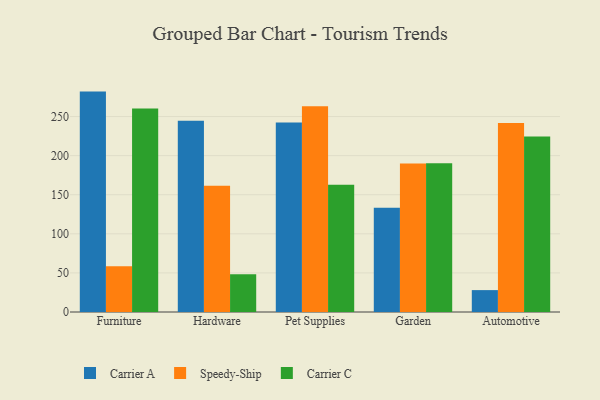
{"axis": {"x": "Category", "y": "Demand Index"}, "legend": ["Carrier A", "Carrier C", "Speedy-Ship"], "data": [{"x": "Furniture", "y": 281.9, "type": "Carrier A"}, {"x": "Furniture", "y": 58.6, "type": "Speedy-Ship"}, {"x": "Furniture", "y": 260.2, "type": "Carrier C"}, {"x": "Hardware", "y": 244.7, "type": "Carrier A"}, {"x": "Hardware", "y": 161.5, "type": "Speedy-Ship"}, {"x": "Hardware", "y": 48.4, "type": "Carrier C"}, {"x": "Pet Supplies", "y": 242.5, "type": "Carrier A"}, {"x": "Pet Supplies", "y": 263.2, "type": "Speedy-Ship"}, {"x": "Pet Supplies", "y": 162.6, "type": "Carrier C"}, {"x": "Garden", "y": 133.4, "type": "Carrier A"}, {"x": "Garden", "y": 190.0, "type": "Speedy-Ship"}, {"x": "Garden", "y": 190.1, "type": "Carrier C"}, {"x": "Automotive", "y": 28.0, "type": "Carrier A"}, {"x": "Automotive", "y": 241.8, "type": "Speedy-Ship"}, {"x": "Automotive", "y": 224.6, "type": "Carrier C"}]}